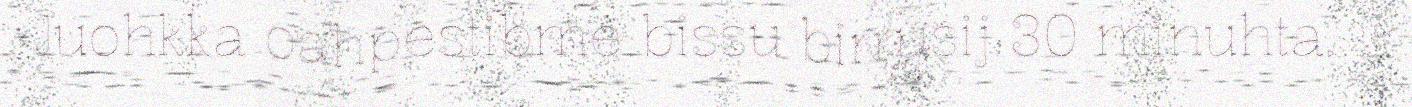
Juohkka oahpestibme bissu birrusij 30 minuhta.